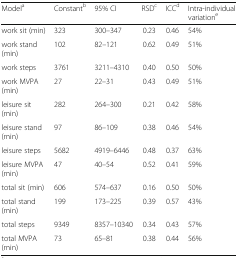
| Modela | Constantb | 95% CI | RSDc | ICCd | Intra-individual variatione |
 | --- | --- | --- | --- | --- | --- |
 | work sit (min) | 323 | 300–347 | 0.23 | 0.46 | 54% |
 | work stand (min) | 102 | 82–121 | 0.62 | 0.49 | 51% |
 | work steps | 3761 | 3211–4310 | 0.40 | 0.50 | 50% |
 | work MVPA (min) | 27 | 22–31 | 0.43 | 0.49 | 51% |
 | leisure sit (min) | 282 | 264–300 | 0.21 | 0.42 | 58% |
 | leisure stand (min) | 97 | 86–109 | 0.38 | 0.46 | 54% |
 | leisure steps | 5682 | 4919–6446 | 0.48 | 0.37 | 63% |
 | leisure MVPA (min) | 47 | 40–54 | 0.52 | 0.41 | 59% |
 | total sit (min) | 606 | 574–637 | 0.16 | 0.50 | 50% |
 | total stand (min) | 199 | 173–225 | 0.39 | 0.57 | 43% |
 | total steps | 9349 | 8357–10340 | 0.34 | 0.43 | 57% |
 | total MVPA (min) | 73 | 65–81 | 0.38 | 0.44 | 56% |